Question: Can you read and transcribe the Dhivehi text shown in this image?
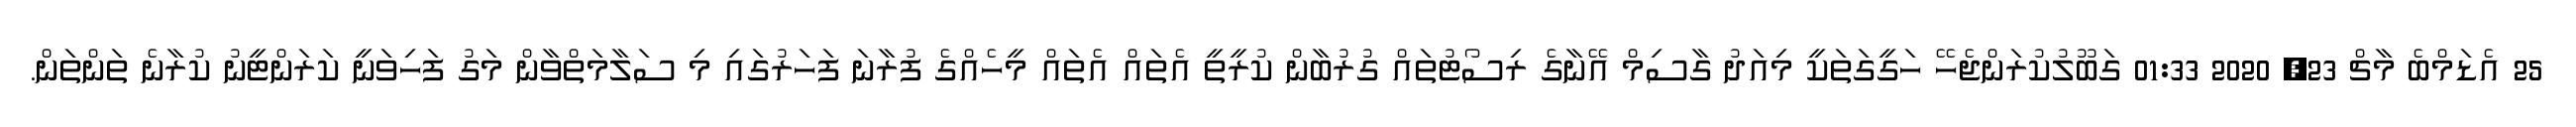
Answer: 25 އެޑަމްބެ މާޗް 23, 2020 01:33 ގަބޫލުކުރަންޖެހޭ ހަގީގަތަކީ މިއަދު ގާސިމް އޭނާގެ ރިސޯޓުތައް ގުރުބާން ކުރީތީ އެތައް އެތައް މީހެއްގެ ފުރާނަ ފަހަރުގައި މި ސަލާމަތްވާން މަގު ފަހިވަނީ ކަރަންޓީނު ކުރާނެ ތަންތަން.